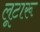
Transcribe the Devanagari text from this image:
लूटारू